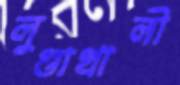
লুণ্ডাখালী